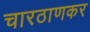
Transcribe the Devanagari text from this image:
चारठाणकर